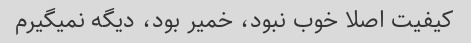
کیفیت اصلا خوب نبود، خمیر بود، دیگه نمیگیرم